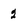
Character: 2